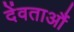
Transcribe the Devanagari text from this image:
देंवताऔं